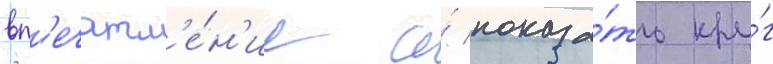
вп'ечатл'е́н'ие и́ показа́ть кру́г